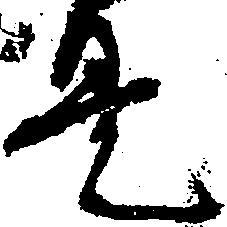
是